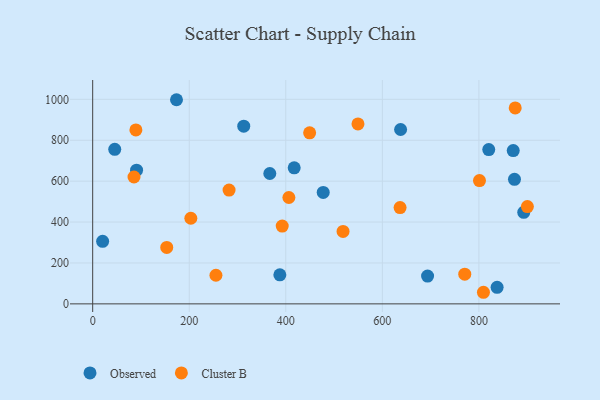
{"axis": {"x": "Study Hours", "y": "Yield"}, "legend": ["Cluster B", "Observed"], "data": [{"x": "871.1", "y": 749.5, "type": "Observed"}, {"x": "387.7", "y": 142.2, "type": "Observed"}, {"x": "873.7", "y": 608.9, "type": "Observed"}, {"x": "637.8", "y": 852.6, "type": "Observed"}, {"x": "312.9", "y": 869.0, "type": "Observed"}, {"x": "693.7", "y": 135.8, "type": "Observed"}, {"x": "366.9", "y": 637.5, "type": "Observed"}, {"x": "820.4", "y": 754.5, "type": "Observed"}, {"x": "417.4", "y": 665.0, "type": "Observed"}, {"x": "20.6", "y": 305.9, "type": "Observed"}, {"x": "892.9", "y": 447.7, "type": "Observed"}, {"x": "45.7", "y": 755.4, "type": "Observed"}, {"x": "837.7", "y": 80.8, "type": "Observed"}, {"x": "477.5", "y": 545.0, "type": "Observed"}, {"x": "173.6", "y": 998.1, "type": "Observed"}, {"x": "90.9", "y": 653.9, "type": "Observed"}, {"x": "801.2", "y": 602.8, "type": "Cluster B"}, {"x": "282.5", "y": 556.3, "type": "Cluster B"}, {"x": "900.4", "y": 475.9, "type": "Cluster B"}, {"x": "406.4", "y": 520.1, "type": "Cluster B"}, {"x": "255.3", "y": 139.9, "type": "Cluster B"}, {"x": "89.5", "y": 850.6, "type": "Cluster B"}, {"x": "875.2", "y": 957.9, "type": "Cluster B"}, {"x": "85.6", "y": 620.3, "type": "Cluster B"}, {"x": "809.4", "y": 56.7, "type": "Cluster B"}, {"x": "636.7", "y": 470.9, "type": "Cluster B"}, {"x": "549.5", "y": 879.6, "type": "Cluster B"}, {"x": "203.3", "y": 418.6, "type": "Cluster B"}, {"x": "153.4", "y": 275.9, "type": "Cluster B"}, {"x": "392.6", "y": 380.6, "type": "Cluster B"}, {"x": "770.7", "y": 145.1, "type": "Cluster B"}, {"x": "449.4", "y": 836.3, "type": "Cluster B"}, {"x": "518.6", "y": 354.3, "type": "Cluster B"}]}